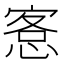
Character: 愙